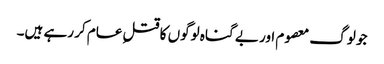
جو لوگ معصوم اور بے گناہ لوگوں کا قتلِ عام کر رہے ہیں۔